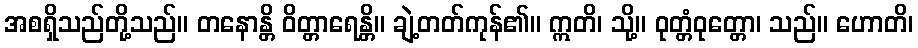
အစရှိသည်တို့သည်။ တနောန္တိ ဝိတ္တာရေန္တိ။ ချဲ့တတ်ကုန်၏။ ဣတိ၊ သို့။ ဝုတ္တံဝုတ္တော၊ သည်။ ဟောတိ၊